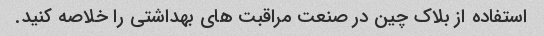
استفاده از بلاک چین در صنعت مراقبت های بهداشتی را خلاصه کنید.